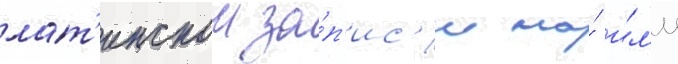
лат'инскои за́п'ис'и на́ и́л'и